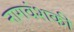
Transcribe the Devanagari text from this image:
नागवंशकी